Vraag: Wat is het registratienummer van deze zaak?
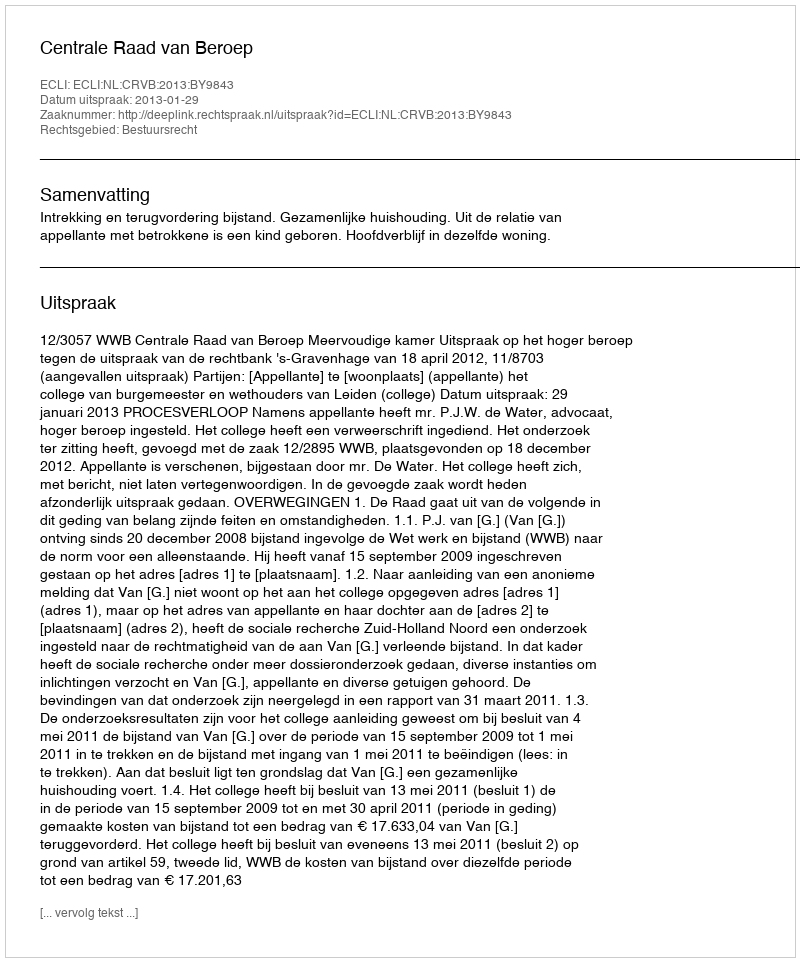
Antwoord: http://deeplink.rechtspraak.nl/uitspraak?id=ECLI:NL:CRVB:2013:BY9843